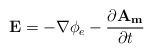
\begin{align*}\mathbf{E}=-\nabla\phi_e -\frac{\partial \mathbf{A_m}}{\partial t}\end{align*}